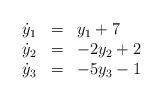
LaTeX: \begin{align*}\begin{array}{rcl}\dot{y}_1 &=& y_1 + 7 \\\dot{y}_2 &=& -2y_2 + 2 \\\dot{y}_3 &=& -5y_3 - 1\end{array}\end{align*}